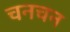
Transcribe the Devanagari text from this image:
चनचन